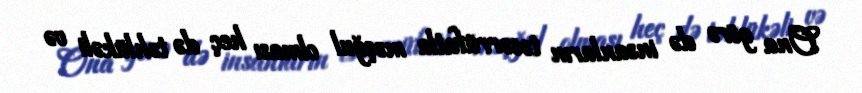
Ona görə də insanların təsərrüfatla məşğul olması heç də təhlükəli və